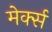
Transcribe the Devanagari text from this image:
मेर्क्स